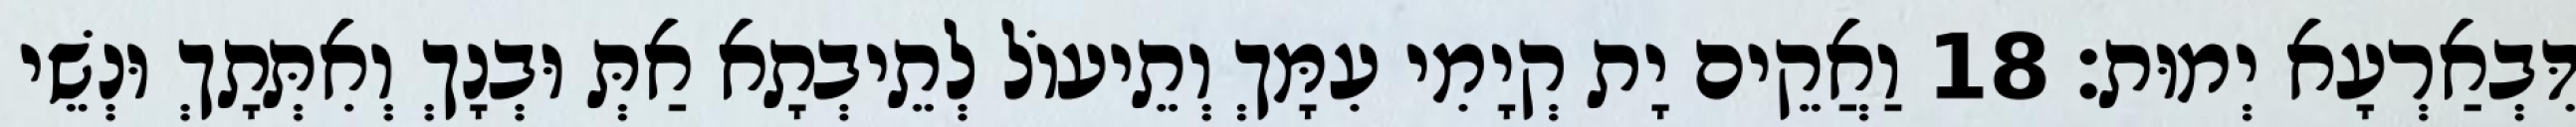
דִּבְאַרְעָא יְמוּת׃ 18 וַאֲקֵים יָת קְיָמִי עִמָּךְ וְתֵיעוֹל לְתֵיבְתָא אַתְּ וּבְנָךְ וְאִתְּתָךְ וּנְשֵׁי